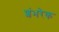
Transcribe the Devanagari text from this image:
शंभरेक